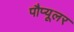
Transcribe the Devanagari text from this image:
पौप्यूलर